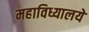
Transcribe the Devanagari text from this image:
महाविध्यालये